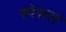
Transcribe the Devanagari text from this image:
स्पेशस